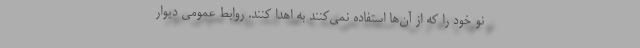
نو خود را که از آن‌ها استفاده نمی‌کنند به اهدا کنند. روابط عمومی دیوار